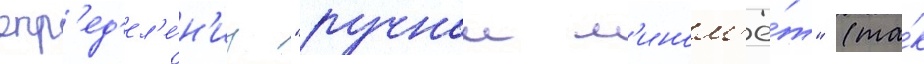
опр'ед'ел'е́н'иу "ручнои м'ином'ё́т" (та́к